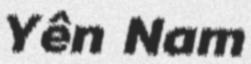
Yên Nam